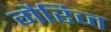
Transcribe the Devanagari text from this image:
गैरिज